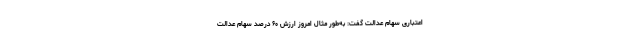
اعتباری سهام عدالت گفت: به‌طور مثال امروز ارزش ۶۰ درصد سهام عدالت